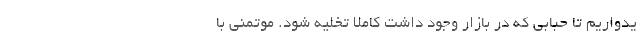
یدواریم تا حبابی که در بازار وجود داشت کاملا تخلیه شود. موتمنی با